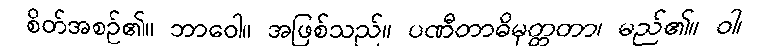
စိတ်အစဉ်၏။ ဘာဝေါ။ အဖြစ်သည်။ ပဏီတာဓိမုတ္တတာ၊ မည်၏။ ဝါ၊